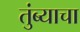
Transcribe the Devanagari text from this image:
तुंब्याचा